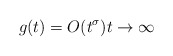
\begin{align*} g(t)=O(t^\sigma) t\to\infty\end{align*}